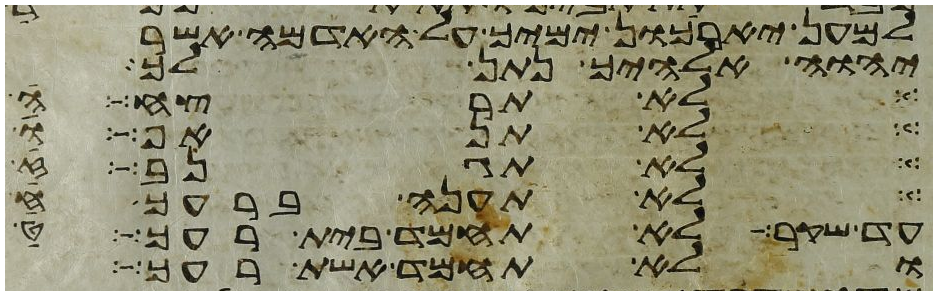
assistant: למען יארכון ימיך על האדמה אשר
יהוה אלהיך נתן לך
לא תרצח
לא תראו
לא תגנב
לא תענה ברעך
עד שקר לא תחמד בית רעך
ולא תחמד אשת רעך